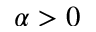
\alpha > 0